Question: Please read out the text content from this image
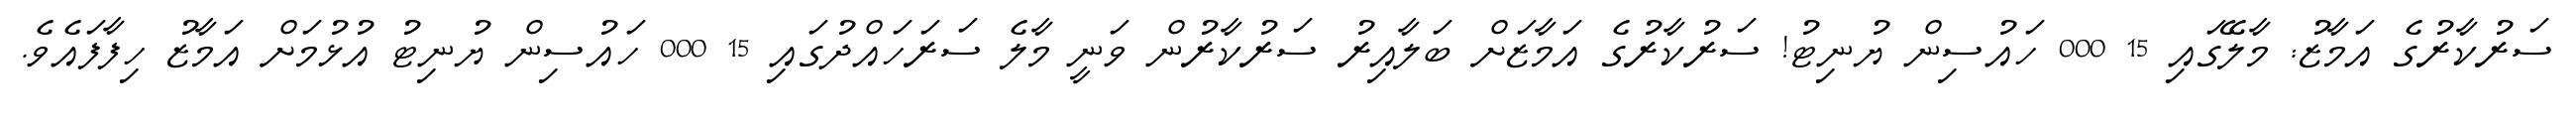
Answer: ސަރުކާރުގެ އަމާޒު: މާލޭގައި 15 000 ހައުސިން ޔުނިޓު! ސަރުކާރުގެ އަމާޒަށް ބަލާއިރު ސަރުކާރުން ވަނީ މާލެ ސަރަހައްދުގައި 15 000 ހައުސިން ޔުނިޓު އުޅުމަށް އަމާޒު ހިފާފައެވެ.